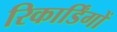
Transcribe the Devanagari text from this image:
रिकार्डिंगों